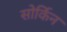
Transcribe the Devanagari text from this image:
सोर्किन